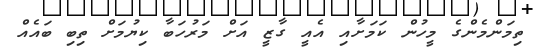
ތިމަންމެންގެ މީހުން ކަމަށާއި އެއީ ގާޒީ އަށް މަރުހަބާ ކިޔުމަށް ތިބި ބައެއް